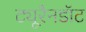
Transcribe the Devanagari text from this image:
ट्यूरैनडॉट